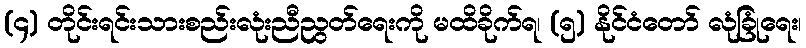
(၄) တိုင်းရင်းသားစည်းလုံးညီညွတ်ရေးကို မထိခိုက်ရ၊ (၅) နိုင်ငံတော် လုံခြုံရေး၊